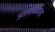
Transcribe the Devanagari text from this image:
उतरविताना